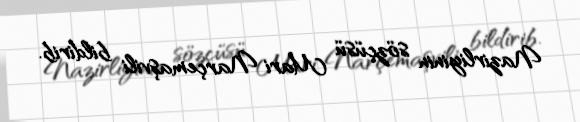
Nazirliyinin sözçüsü Mari Narçemaşvili bildirib.